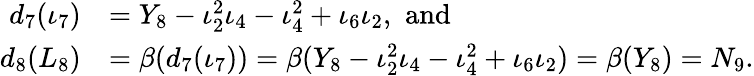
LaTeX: \begin{array}{rl}{d_{7}(\iota_{7})}&{=Y_{8}-\iota_{2}^{2}\iota_{4}-\iota_{4}^{2}+\iota_{6}\iota_{2},\, \, \mathrm{and}}\\ {d_{8}(L_{8})}&{=\beta(d_{7}(\iota_{7}))=\beta(Y_{8}-\iota_{2}^{2}\iota_{4}-\iota_{4}^{2}+\iota_{6}\iota_{2})=\beta(Y_{8})=N_{9}.}\end{array}